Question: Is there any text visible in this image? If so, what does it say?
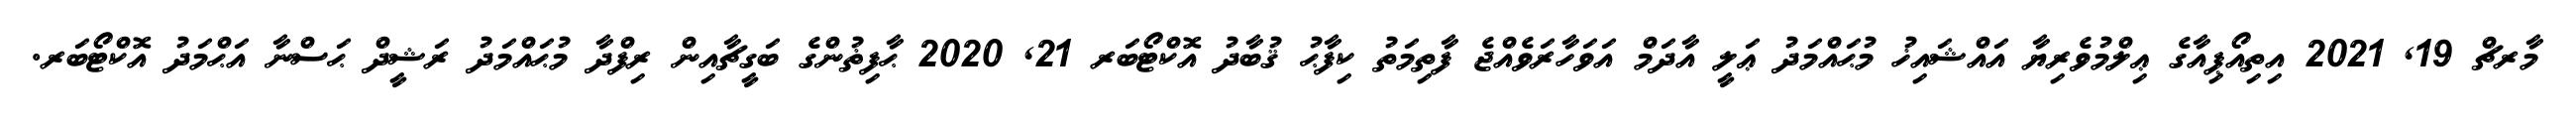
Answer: މާރޗް 19, 2021 އިތިއޯޕިއާގެ ޢިލްމުވެރިޔާ އައްޝައިޚު މުޙައްމަދު ޢަލީ އާދަމް އަވަހާރަވެއްޖެ ފާތިމަތު ކިފާޙު ޤުބާދު އޮކްޓޯބަރ 21, 2020 ޙާފިޡުންގެ ބަގީޗާއިން ރިފްދާ މުޙައްމަދު ރަޝީދް ޙަސްނާ އަޙްމަދު އޮކްޓޯބަރ.